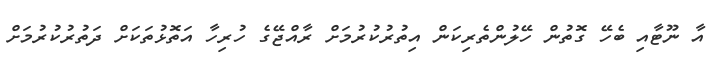
އާ ނޫޓާއި ބެހޭ ގޮތުން ހޭލުންތެރިކަން އިތުރުކުރުމަށް ރާއްޖޭގެ ހުރިހާ އަތޮޅުތަކަށް ދަތުރުކުރުމަށް